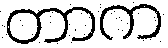
တာက